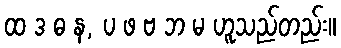
ထ ဒ ဓ န, ပ ဖ ဗ ဘ မ ဟူသည်တည်း။